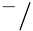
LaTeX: ^-/